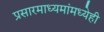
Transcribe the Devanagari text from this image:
प्रसारमाध्यमांमध्येही